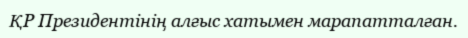
ҚР Президентінің алғыс хатымен марапатталған.